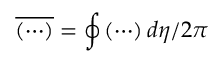
\overline { { \left( \cdots \right) } } = \oint \left( \cdots \right) d \eta / 2 \pi